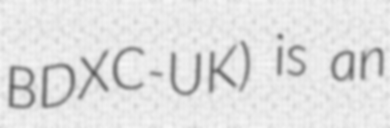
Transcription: BDXC-UK) is an